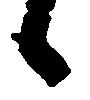
候